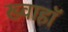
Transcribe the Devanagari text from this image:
ख्वाहाॅ